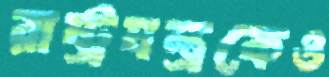
রাষ্ট্রযন্ত্রকেও